Indian journal of veterinary science and animal husbandry - Volumes 24-25, 1954-1955
Year: 1954
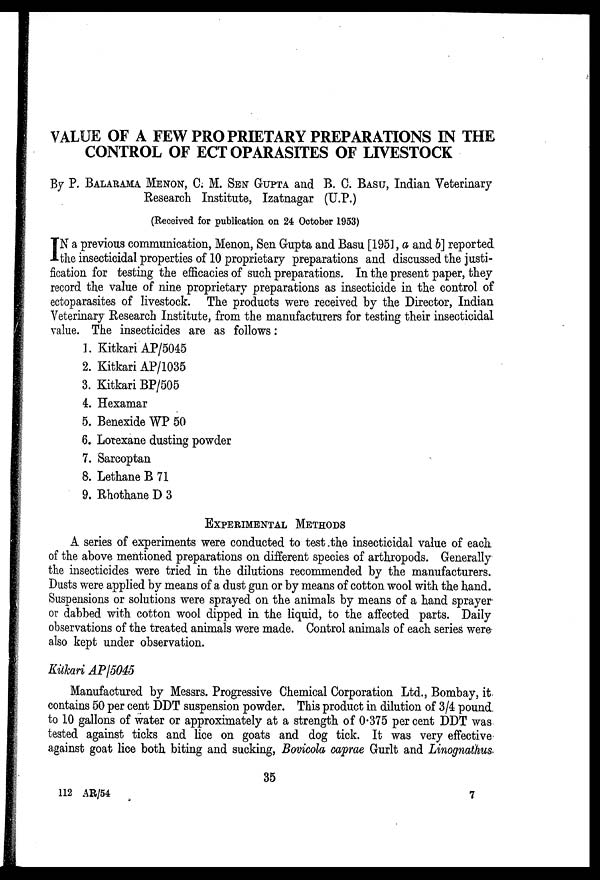
VALUE OF A FEW PROPRIETARY PREPARATIONS IN THE
CONTROL OF ECT OPARASITES OF LIVESTOCK
By P. BALARAMA MENON, C. M. SEN GUPTA and B. C. BASU, Indian Veterinary
Research Institute, Izatnagar (U.P.)
(Received for publication on 24 October 1953)
I N a previous communication, Menon, Sen Gupta and Basu [195], a and b] reported
the insecticidal properties of 10 proprietary preparations and discussed the justi-
fication for testing the efficacies of such preparations. In the present paper, they
record the value of nine proprietary preparations as insecticide in the control of
ectoparasites of livestock. The products were received by the Director, Indian
Veterinary Research Institute, from the manufacturers for testing their insecticidal
value. The insecticides are as follows:
1. Kitkari AP/5045
2. Kitkari AP/1035
3. Kitkari BP/505
4. Hexamar
5. Benexide WP 50
6. Lotexane dusting powder
7. Sarcoptan
8. Lethane B 71
9. Rhothane D 3
EXPERIMENTAL METHODS
A series of experiments were conducted to test the insecticidal value of each
of the above mentioned preparations on different species of arthropods. Generally
the insecticides were tried in the dilutions recommended by the manufacturers.
Dusts were applied by means of a dust gun or by means of cotton wool with the hand.
Suspensions or solutions were sprayed on the animals by means of a hand sprayer
or dabbed with cotton wool dipped in the liquid, to the affected parts. Daily
observations of the treated animals were made. Control animals of each series were
also kept under observation.
Kitkari AP/5045
Manufactured by Messrs. Progressive Chemical Corporation Ltd., Bombay, it
contains 50 per cent DDT suspension powder. This product in dilution of 3/4 pound
to 10 gallons of water or approximately at a strength of 0.375 per cent DDT was
tested against ticks and lice on goats and dog tick. It was very effective
against goat lice both biting and sucking, Bovicola caprae Gurlt and Linognathus
35
112 AR/54
7